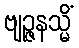
ဗျဉ္ဇနသ္မိံ